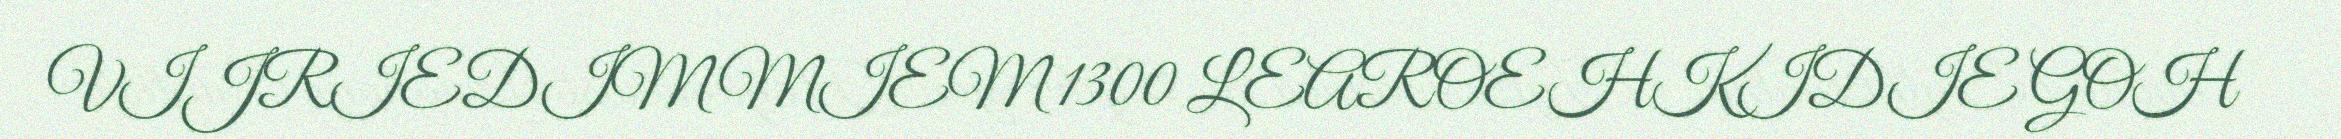
VIJRIEDIMMIEM 1300 LEAROEHKIDIE GOH